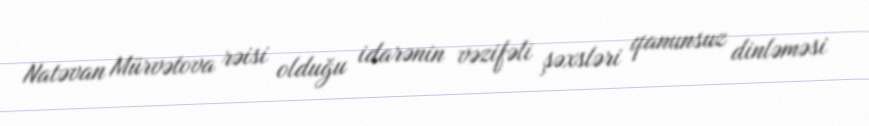
Natəvan Mürvətova rəisi olduğu idarənin vəzifəli şəxsləri qanunsuz dinləməsi